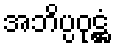
အဘိပ္ပဝုဋ္ဌံ